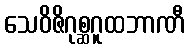
သေဝိဇိဂုစ္ဆဂူထဘာဏီ